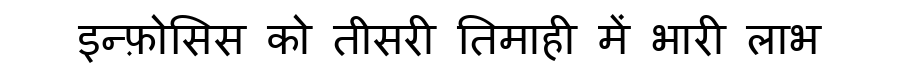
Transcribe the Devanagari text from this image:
इन्फ़ोसिस को तीसरी तिमाही में भारी लाभ